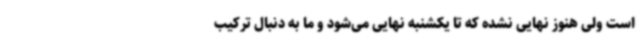
است ولی هنوز نهایی نشده که تا یکشنبه نهایی می‌شود و ما به دنبال ترکیب